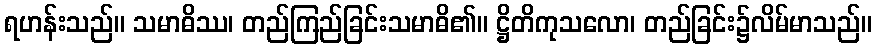
ရဟန်းသည်။ သမာဓိဿ၊ တည်ကြည်ခြင်းသမာဓိ၏။ ဋ္ဌိတိကုသလော၊ တည်ခြင်း၌လိမ်မာသည်။